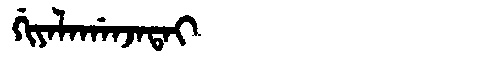
Manchu: ᡤᡳᠶᠠᠯᠠᡤᠠᠨᠵᠠᡨᠠᡳ
Romanization: GIYALAGANJATAI